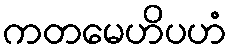
ကတမေဟိပဟံ